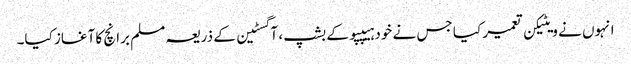
انہوں نے ویٹیکن تعمیر کیا جس نے خود ہیپپو کے بشپ ، آگسٹین کے ذریعہ مسلم برانچ کا آغاز کیا۔